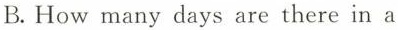
B.How many days are there in a